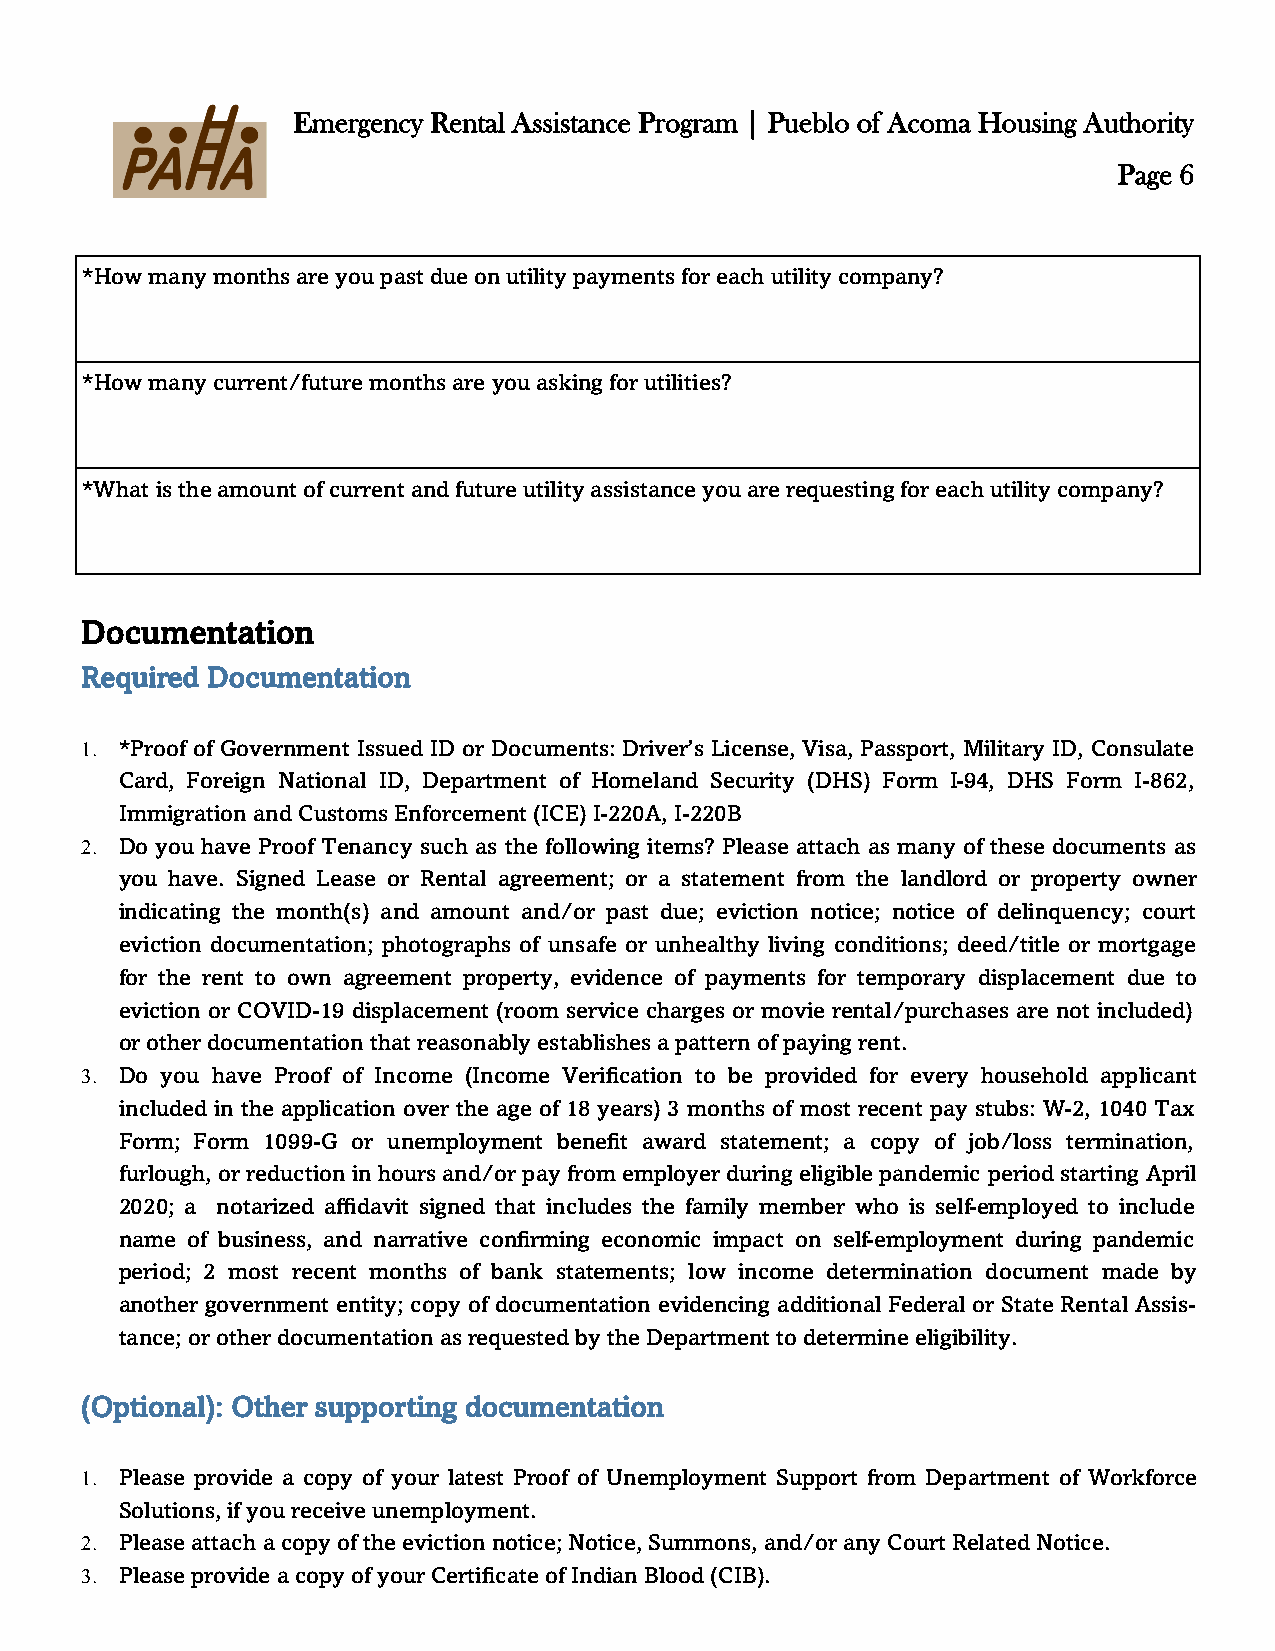
Emergency Rental Assistance Program | Pueblo of Acoma Housing Authority
 Page 6
 *How many months are you past due on utility payments for each utility company?
 *How many current/future months are you asking for utilities?
 *What is the amount of current and future utility assistance you are requesting for each utility company?
 Documentation
 Required Documentation
  *Proof of Government Issued ID or Documents: Driver’s License, Visa, Passport, Military ID, Consulate
 Card, Foreign National ID, Department of Homeland Security (DHS) Form I-94, DHS Form I-862,
 Immigration and Customs Enforcement (ICE) I-220A, I-220B
  Do you have Proof Tenancy such as the following items? Please attach as many of these documents as
 you have. Signed Lease or Rental agreement; or a statement from the landlord or property owner
 indicating the month(s) and amount and/or past due; eviction notice; notice of delinquency; court
 eviction documentation; photographs of unsafe or unhealthy living conditions; deed/title or mortgage
 for the rent to own agreement property, evidence of payments for temporary displacement due to
 eviction or COVID-19 displacement (room service charges or movie rental/purchases are not included)
 or other documentation that reasonably establishes a pattern of paying rent.
  Do you have Proof of Income (Income Verification to be provided for every household applicant
 included in the application over the age of 18 years) 3 months of most recent pay stubs: W-2, 1040 Tax
 Form; Form 1099-G or unemployment benefit award statement; a copy of job/loss termination,
 furlough, or reduction in hours and/or pay from employer during eligible pandemic period starting April
 2020; a notarized affidavit signed that includes the family member who is self-employed to include
 name of business, and narrative confirming economic impact on self-employment during pandemic
 period; 2 most recent months of bank statements; low income determination document made by
 another government entity; copy of documentation evidencing additional Federal or State Rental Assis-
 tance; or other documentation as requested by the Department to determine eligibility.
 (Optional): Other supporting documentation
  Please provide a copy of your latest Proof of Unemployment Support from Department of Workforce
 Solutions, if you receive unemployment.
  Please attach a copy of the eviction notice; Notice, Summons, and/or any Court Related Notice.
  Please provide a copy of your Certificate of Indian Blood (CIB).